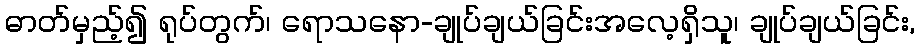
ဓာတ်မှည့်၍ ရုပ်တွက်၊ ရောသနော-ချုပ်ချယ်ခြင်းအလေ့ရှိသူ၊ ချုပ်ချယ်ခြင်း,